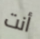
أنت